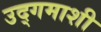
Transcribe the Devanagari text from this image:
उद्‌गमाशी